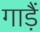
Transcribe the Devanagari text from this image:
गाड़ैं